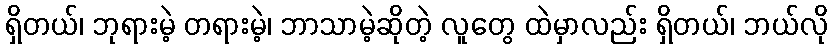
ရှိတယ်၊ ဘုရားမဲ့ တရားမဲ့၊ ဘာသာမဲ့ဆိုတဲ့ လူတွေ ထဲမှာလည်း ရှိတယ်၊ ဘယ်လို